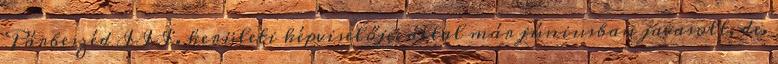
Párbeszéd III. kerületi képviselője, által már júniusban javasolt, de.